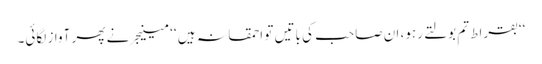
‘‘بقراط تم بولتے رہو، ان صاحب کی باتیں تو احمقانہ ہیں ‘‘ مینیجر نے پھر آواز لگائی۔